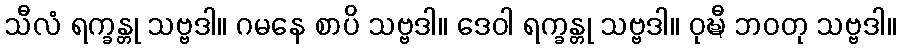
သီလံ ရက္ခန္တု သဗ္ဗဒါ။ ဂမနေ စာပိ သဗ္ဗဒါ။ ဒေဝါ ရက္ခန္တု သဗ္ဗဒါ။ ဝုဍ္ဎီ ဘဝတု သဗ္ဗဒါ။